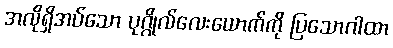
အလိုရှိအပ်သော ပုဂ္ဂိုလ်လေးယောက်ကို ပြသောဂါထာ